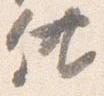
供